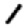
Digit: 1